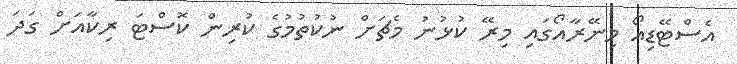
އެސްޓޭޑިއޯ މިނޭރާއޯގައި މިރޭ ކުޅުނު މެޗަށް ނުކުތުމުގެ ކުރިން ކޮސްޓަ ރިކާއަށް ގަދަ